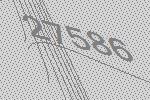
27586